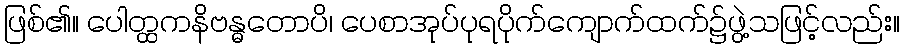
ဖြစ်၏။ ပေါတ္ထကနိဗန္ဓတောပိ၊ ပေစာအုပ်ပုရပိုက်ကျောက်ထက်၌ဖွဲ့သဖြင့်လည်း။